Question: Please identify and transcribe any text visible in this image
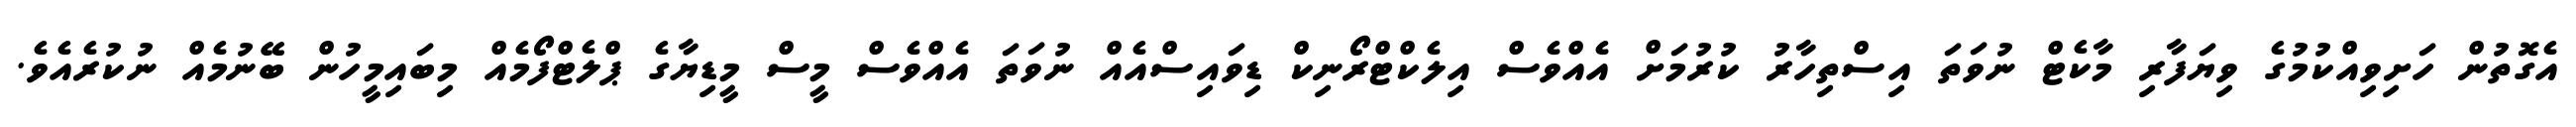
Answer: އެގޮތުން ހަށިވިއްކުމުގެ ވިޔަފާރި މާކެޓް ނުވަތަ އިސްތިހާރު ކުރުމަށް އެއްވެސް އިލެކްޓްރޯނިކް ޑިވައިސްއެއް ނުވަތަ އެއްވެސް މީސް މީޑިޔާގެ ޕްލެޓްފޯމެއް މިބައިމީހުން ބޭނުމެއް ނުކުރެއެވެ.